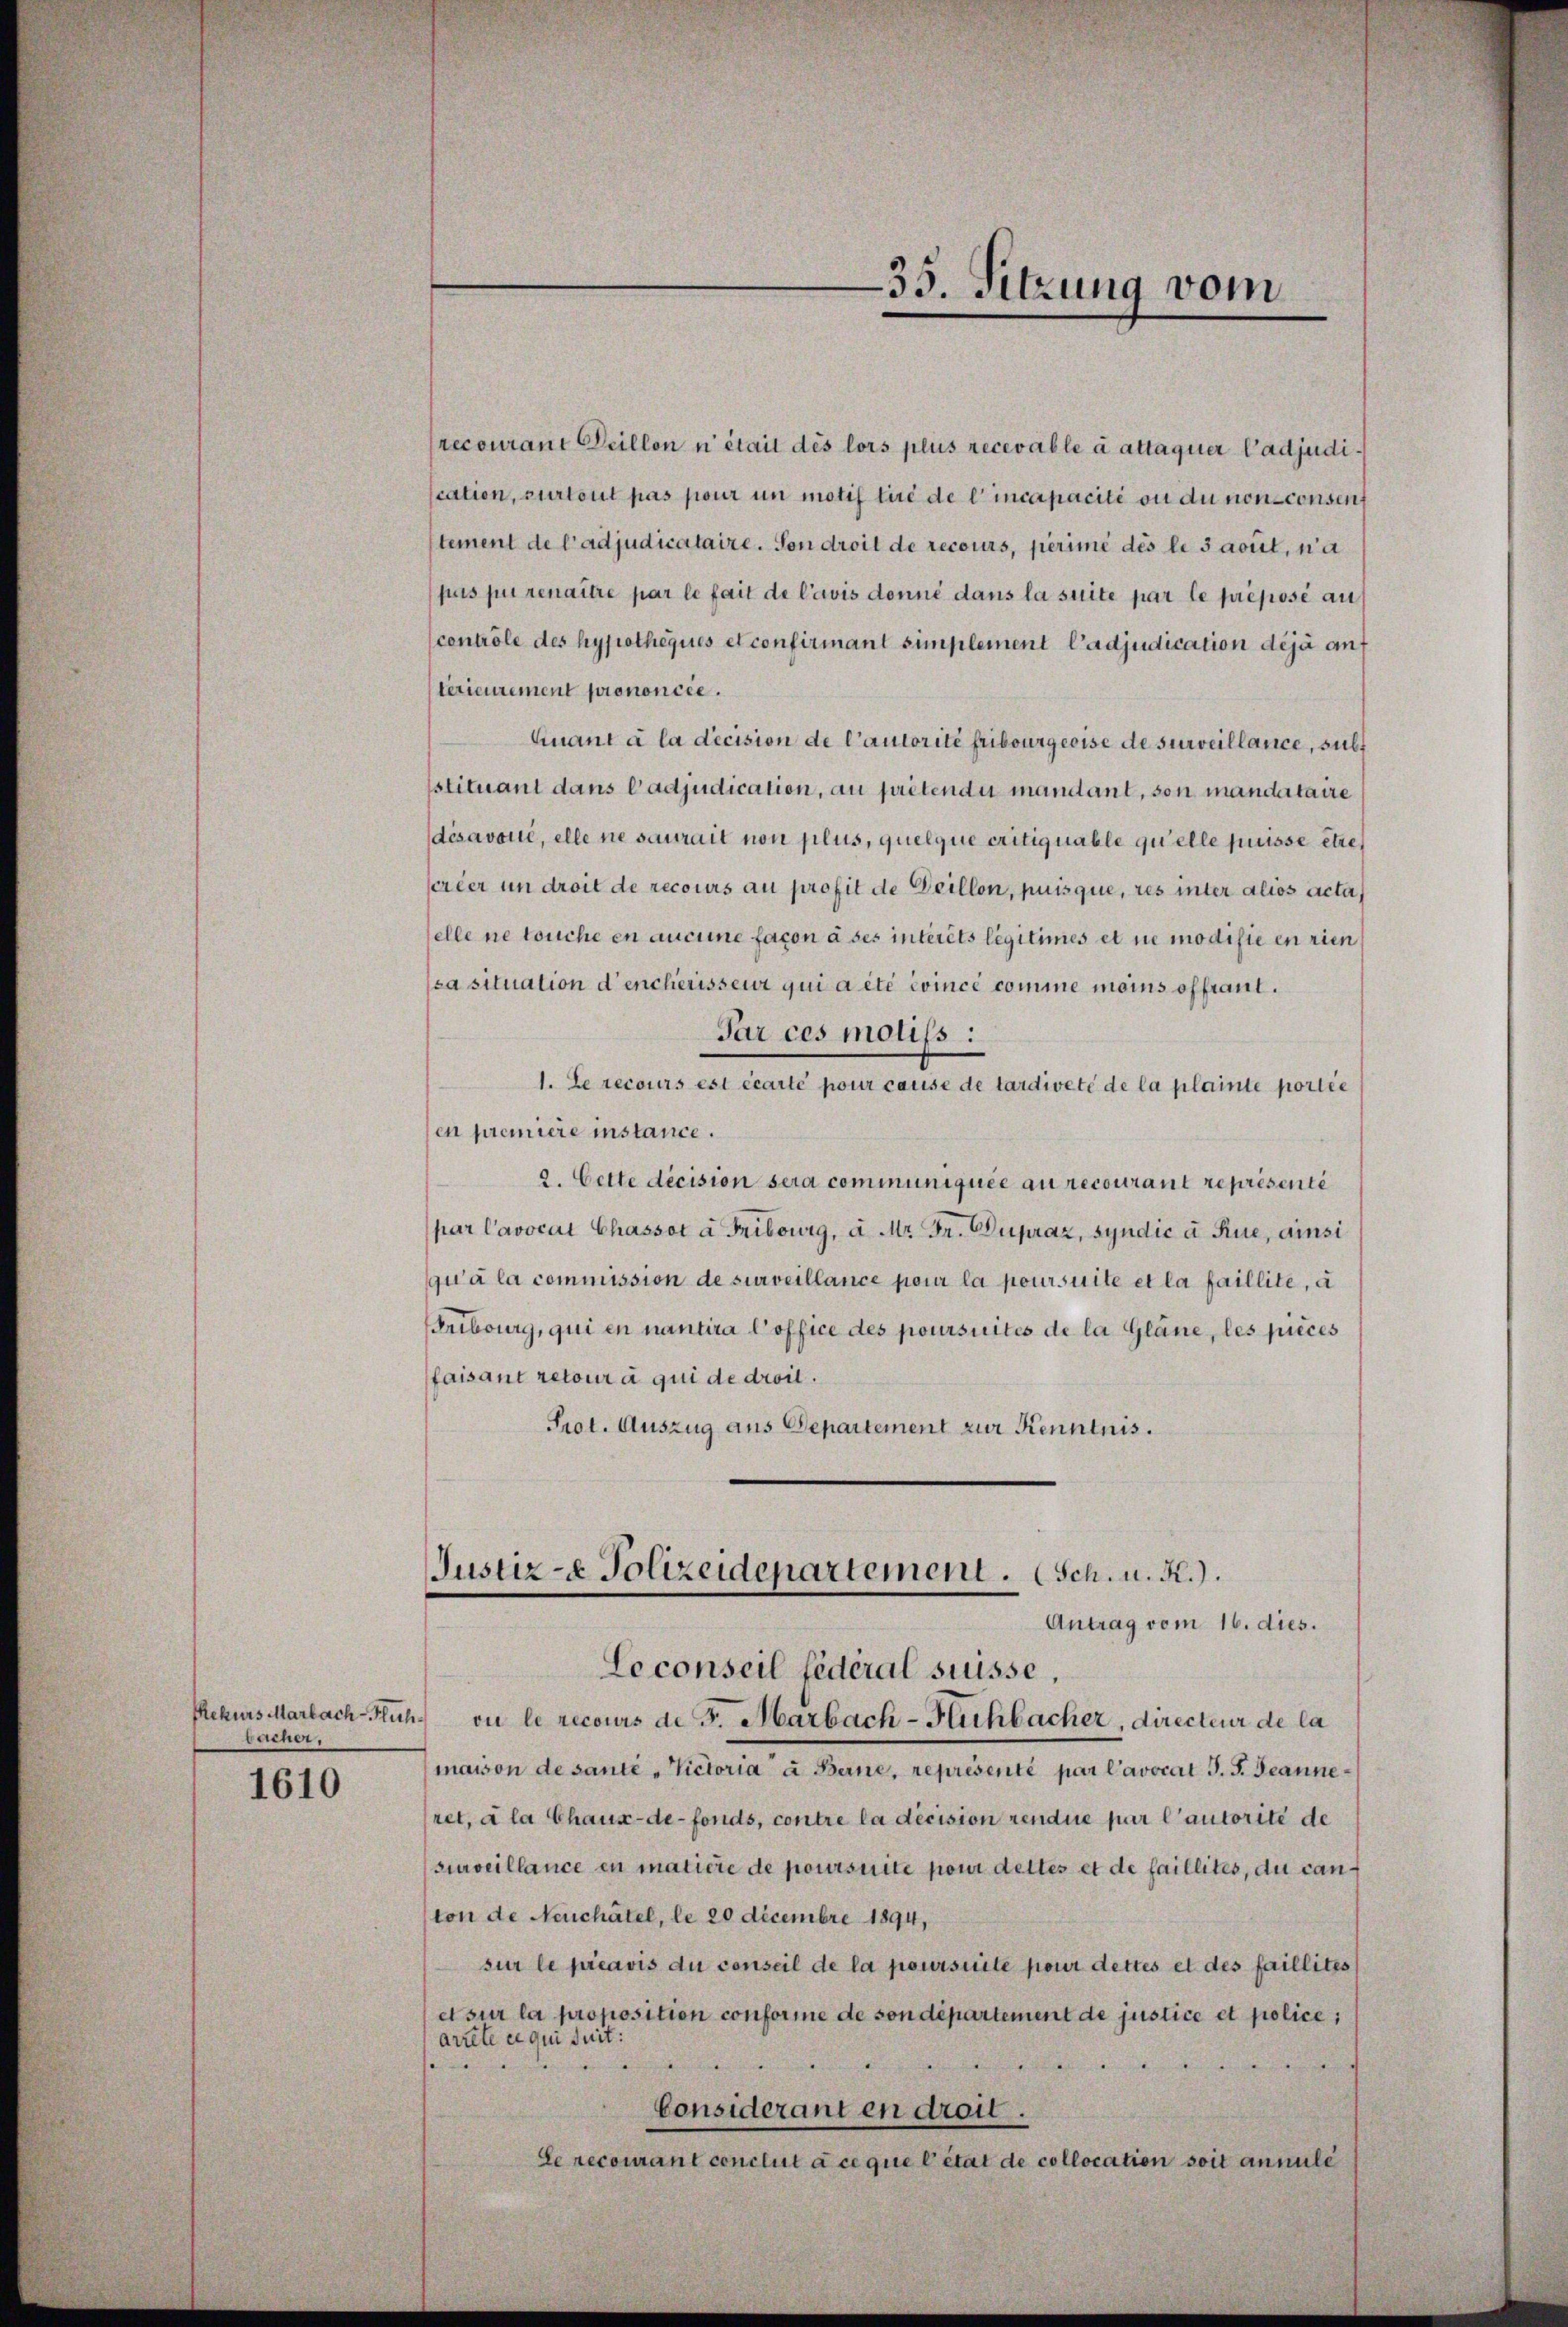
bücher.

1610

35. Sitzung vom

JJustiz- & Polizeidepartement. Sch. u. R.).
Antrag vom 16. dies.
Leconseil fédéral suisse,
Rekurs Marlach Fluh, ou le recours de F. Marbach-Fichbacher, directeur de la

recourant Peillon n’était dés lors plus recevable à attaquer Cadjudication, sur tout pas pour un motif tiré de l’incapacité ou du non consen
stement de l’adjudicataire. Von droit de recours, perime des le savit, na
pris purenaitre par le fait de l’avis donné dans la suite par le préposée au
contrôle des hypothéqués et confirmant simplement l’adjudication déjà auf
terieurement prononcée.
Quant à la décision de l’autorité fribourgeoise de surveillance, subt
stituant dans Cadjudication, au prétendi mandant, son mandataire
désavoué, elle ne saurait non plus, quelque critiquable quelle puisse etze,
scréer un droit de recours au profit de Deillon, puis que, res inter alios acta
selle ne touche en aucune façon à ses interets légitimes et ne modifie en rien
ca situation d’encherisseur qui a été évincé comme moins offrant.
Par ces moliss:
1. Le recours est écarte pour cause de tardiveté de la plainte portie
en première instance.
2. Cette decision sera communiquée au recourant représenté
par Cavocat Chassot à Fribourg, a. Mr. Fr. Dupraz, syndic a Rue, ainsi
qu’à la commission de surveillance pour la poursuite et la faillite, a
Fribourg, qui en nantira Coffice des poursuites de la Gläne, les pieces
faisant retour à qui de droit.
Prot. Auszug aus Departement zur Kenntnis.

maison de sante - Victoria a Berne, représenté par Cavocat J. J. Jeanne
ret, à la Chaux-de-Fonds, contre la décision rendue par l’autorité de
surveillance en matière de poursuite pour dettes et de faillites, du canton de Neuchâtel, le 20 Decembre 1894,
sur le préavis du conseil de la poursuite pour dettes et des faillites
e sur la proposition conforme de son département de justice et police,
arrete et qui suit:

Considerant en droit.
Le recourant conclut à ce que l’état de collocation soit annule